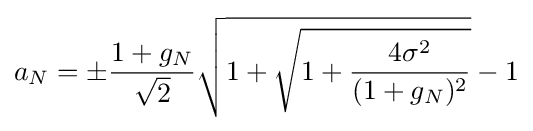
a_{N}=\pm {\frac {1+g_{N}}{\sqrt {2}}}{\sqrt {1+{\sqrt {1+{\frac {4\sigma ^{2}}{(1+g_{N})^{2}}}}}}}-1